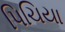
પિચિયા